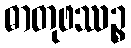
ဓာတုဖဿဉ္စ